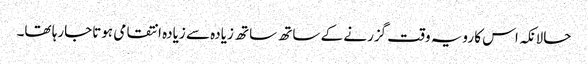
حالانکہ اس کا رویہ وقت گزرنے کے ساتھ ساتھ زیادہ سے زیادہ انتقامی ہوتاجارہا تھا۔